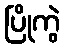
ပြိုကွဲ